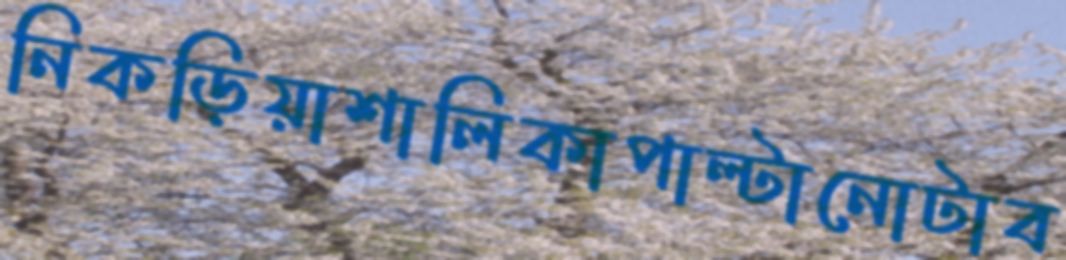
নিকড়িয়াশালিকাপাল্টানোটাব